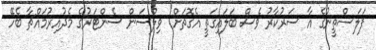
ފަލަސްތީނުގެ އާ ސަރުކާރު ވެސް ބަލައިގަތީ އެގޮތަށް" ވިލްސަން ސެންޓަރުގެ މެދުއިރުމައްޗާ ބެހޭ